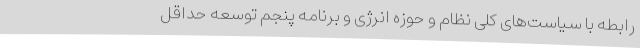
رابطه با سیاست‌های کلی نظام و حوزه انرژی و برنامه پنجم توسعه حداقل